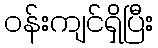
ဝန်းကျင်ရှိပြီး